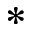
^ *